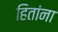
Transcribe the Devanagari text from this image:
हितांना